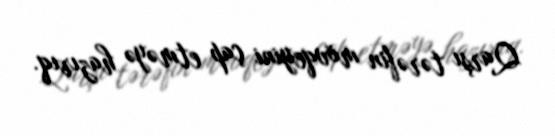
Qarşı tərəfin mövqeyini çap etməyə hazırıq.